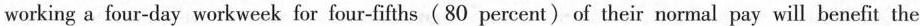
working a four-day workweek for four-fifths(80 percent) of their normal pay will benefit the